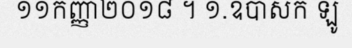
១១កញ្ញា២០១៨ ។ ១.ឧបាសក ឡូ